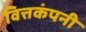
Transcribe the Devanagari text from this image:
वित्तकंपनी